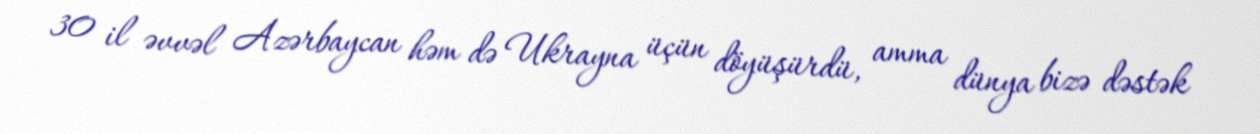
30 il əvvəl Azərbaycan həm də Ukrayna üçün döyüşürdü, amma dünya bizə dəstək